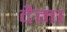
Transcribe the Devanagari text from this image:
दैमा